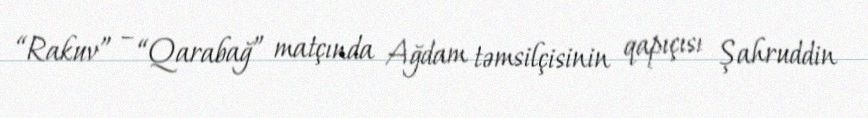
“Rakuv” – “Qarabağ” matçında Ağdam təmsilçisinin qapıçısı Şahruddin